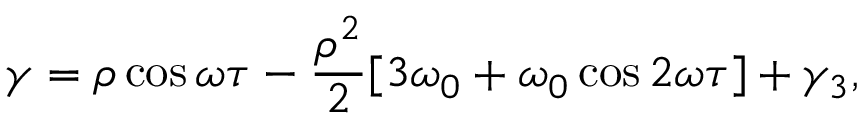
\gamma = \rho \cos \omega \tau - \frac { \rho ^ { 2 } } { 2 } [ 3 \omega _ { 0 } + \omega _ { 0 } \cos 2 \omega \tau ] + \gamma _ { 3 } ,